Annual administration report of the Civil Veterinary Department of India - 1895-1896
Year: 1895
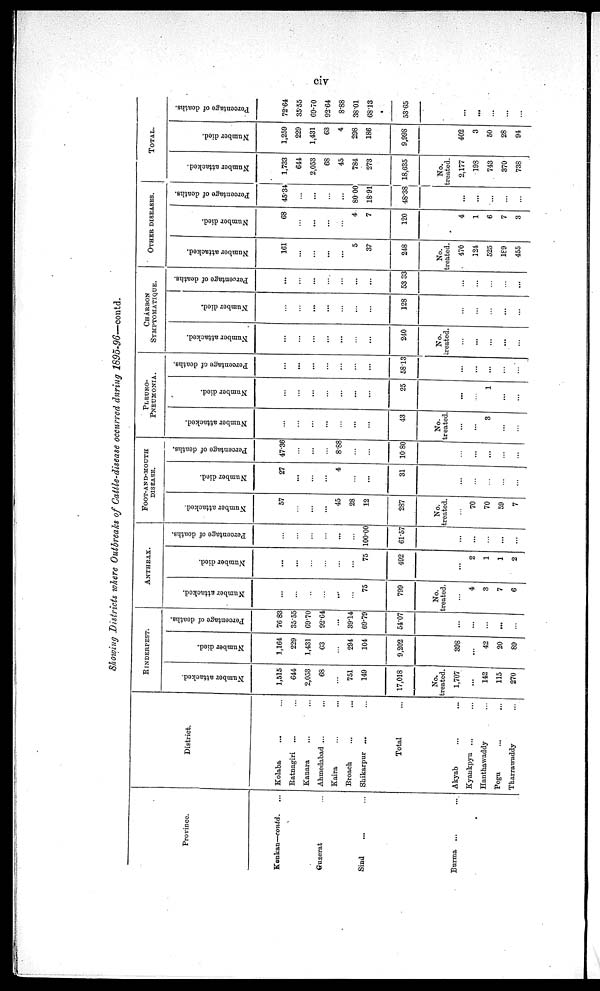
civ
Showing Districts where Outbreaks of Cattle-disease occurred during 1895-96—contd.
Province.
Konkan—contd. ...
Gnzerat ...
Sind ... ...
Burma
...
District.
Kolaba ... ...
Ratnagiri ... ...
Kanara ... ...
Ahmedabad ... ...
Kaira ... ...
Broach
Shikarpur ... ...
Total ...
Akyab ... ...
Kyaukpyu ... ...
Hanthawaddy ... ...
Pegu ... ...
Tharrawaddy ... ...
RINDERPEST.
Number attacked.
1,515
644
2,053
68
...
751
149
17,018
No.
treated.
1,707
...
142
115
270
Number died.
1,164
229
1,431
63
...
294
104
9,202
398
...
42
20
89
Percentage of deaths.
76 83
35.55
69.70
92.64
...
39.14
69.79
54.07
...
...
...
...
...
ANTHRAX.
Number attacked.
...
...
...
...
...
75
799
No.
treated.
...
4
3
7
6
Number died.
...
...
75
492
...
2
1
1
2
Percentage of deaths.
...
...
100.00
61.57
...
...
...
...
...
FOOT-AND-MOUTH
DISEASE.
Number attacked.
57
45
12
287
No.
treated.
...
70
70
59
7
Number died.
27
...
4
...
31
...
...
...
...
...
Percentage of deaths.
47.36
8.88
...
10.80
...
...
...
...
...
PLEURO-
PNEUMONIA.
Number attacked.
...
...
...
43
No.
treated.
...
...
3
...
...
Number died.
...
...
...
...
25
...
...
1
...
...
Percentage of deaths.
...
...
...
...
...
5813
...
...
...
...
...
CHARBON
SYMPTOMATIQUE.
Number attacked.
...
...
...
...
...
...
240
No.
treated.
...
...
...
...
...
Number died.
...
..
...
...
...
128
...
...
...
...
...
...
Percentage of deaths.
...
...
...
...
...
53 33
...
...
...
...
...
OTHER DISEASES.
Number attacked.
161
...
...
...
...
5
37
248
No.
treated.
470
124
525
1S9
455
Number died.
68
...
...
...
4
7
120
4
1
6
7
3
Percentage of deaths.
45.34
...
...
...
80 00
18.91
48.38
...
...
...
...
...
TOTAL.
Number attacked.
1,733
644
2,053
68
45
784
273
18,635
No.
treated.
2,177
198
743
370
738
Number died.
1,259
229
1,431
63
4
298
186
9.998
402
3
50
28
94
Percentage of deaths.
72.64
35.55
69.70
92.64
8.88
38.01
68.13
53.65
...
...
...
...
...